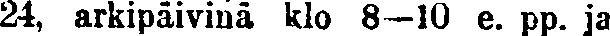
24, arkipäivinä klo 8—10 e. pp. ja